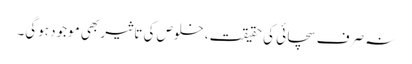
نہ صرف سچائی کی حقیقت، خلوص کی تاثیر بھی موجود ہوگی۔